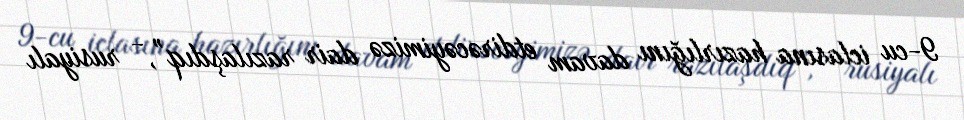
9-cu iclasına hazırlığını davam etdirəcəyimizə dair razılaşdıq”, - rusiyalı